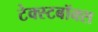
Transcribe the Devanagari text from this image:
टेक्स्टबॉक्स